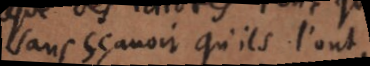
sans sçavoir qu’ils l’ont